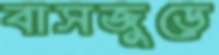
বাসজুড়ে